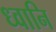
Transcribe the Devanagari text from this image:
ध्वानि